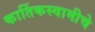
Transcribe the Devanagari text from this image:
कार्तिकस्वामीचे